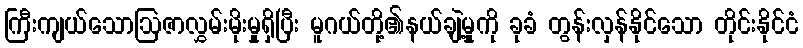
ကြီးကျယ်သောဩဇာလွှမ်းမိုးမှုရှိပြီး မူဂယ်တို့၏နယ်ချဲ့မှုကို ခုခံ တွန်းလှန်နိုင်သော တိုင်းနိုင်ငံ